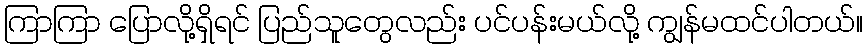
ကြာကြာ ပြောလို့ရှိရင် ပြည်သူတွေလည်း ပင်ပန်းမယ်လို့ ကျွန်မထင်ပါတယ်။